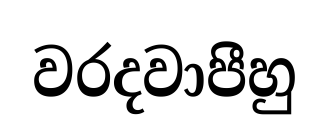
වරදවාපීහු